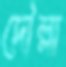
দৌল্লা